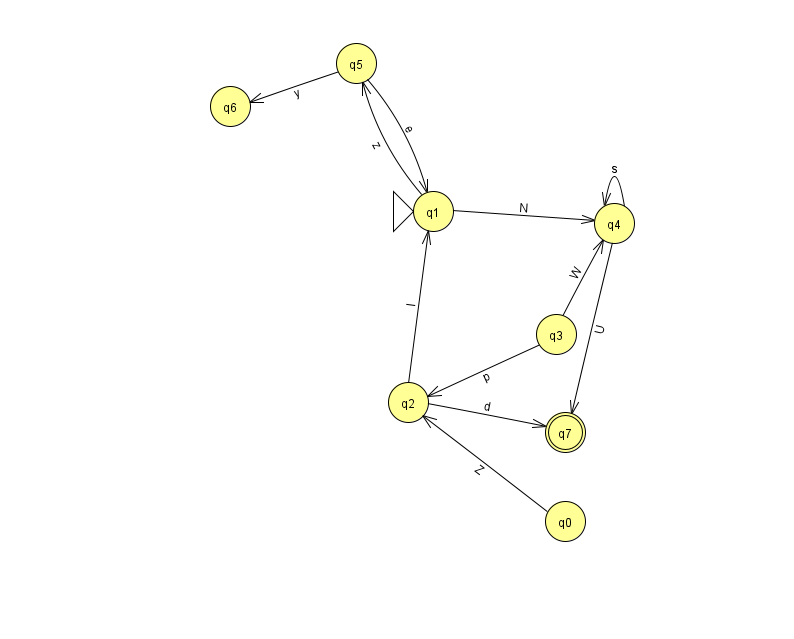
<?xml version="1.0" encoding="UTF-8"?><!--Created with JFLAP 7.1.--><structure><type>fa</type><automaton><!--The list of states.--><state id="0" name="q0"><x>565.0</x><y>508.0</y></state><state id="1" name="q1"><x>433.0</x><y>198.0</y><initial/></state><state id="2" name="q2"><x>408.0</x><y>389.0</y></state><state id="3" name="q3"><x>556.0</x><y>321.0</y></state><state id="4" name="q4"><x>614.0</x><y>210.0</y></state><state id="5" name="q5"><x>356.0</x><y>50.0</y></state><state id="6" name="q6"><x>230.0</x><y>93.0</y></state><state id="7" name="q7"><x>565.0</x><y>419.0</y><final/></state><!--The list of transitions.--><transition><from>2</from><to>1</to><read>l</read></transition><transition><from>4</from><to>7</to><read>U</read></transition><transition><from>5</from><to>1</to><read>e</read></transition><transition><from>4</from><to>4</to><read>s</read></transition><transition><from>2</from><to>7</to><read>d</read></transition><transition><from>5</from><to>6</to><read>y</read></transition><transition><from>1</from><to>4</to><read>N</read></transition><transition><from>3</from><to>4</to><read>W</read></transition><transition><from>3</from><to>2</to><read>p</read></transition><transition><from>0</from><to>2</to><read>Z</read></transition><transition><from>1</from><to>5</to><read>z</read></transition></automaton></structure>